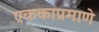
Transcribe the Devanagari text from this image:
एककाप्रमाणे